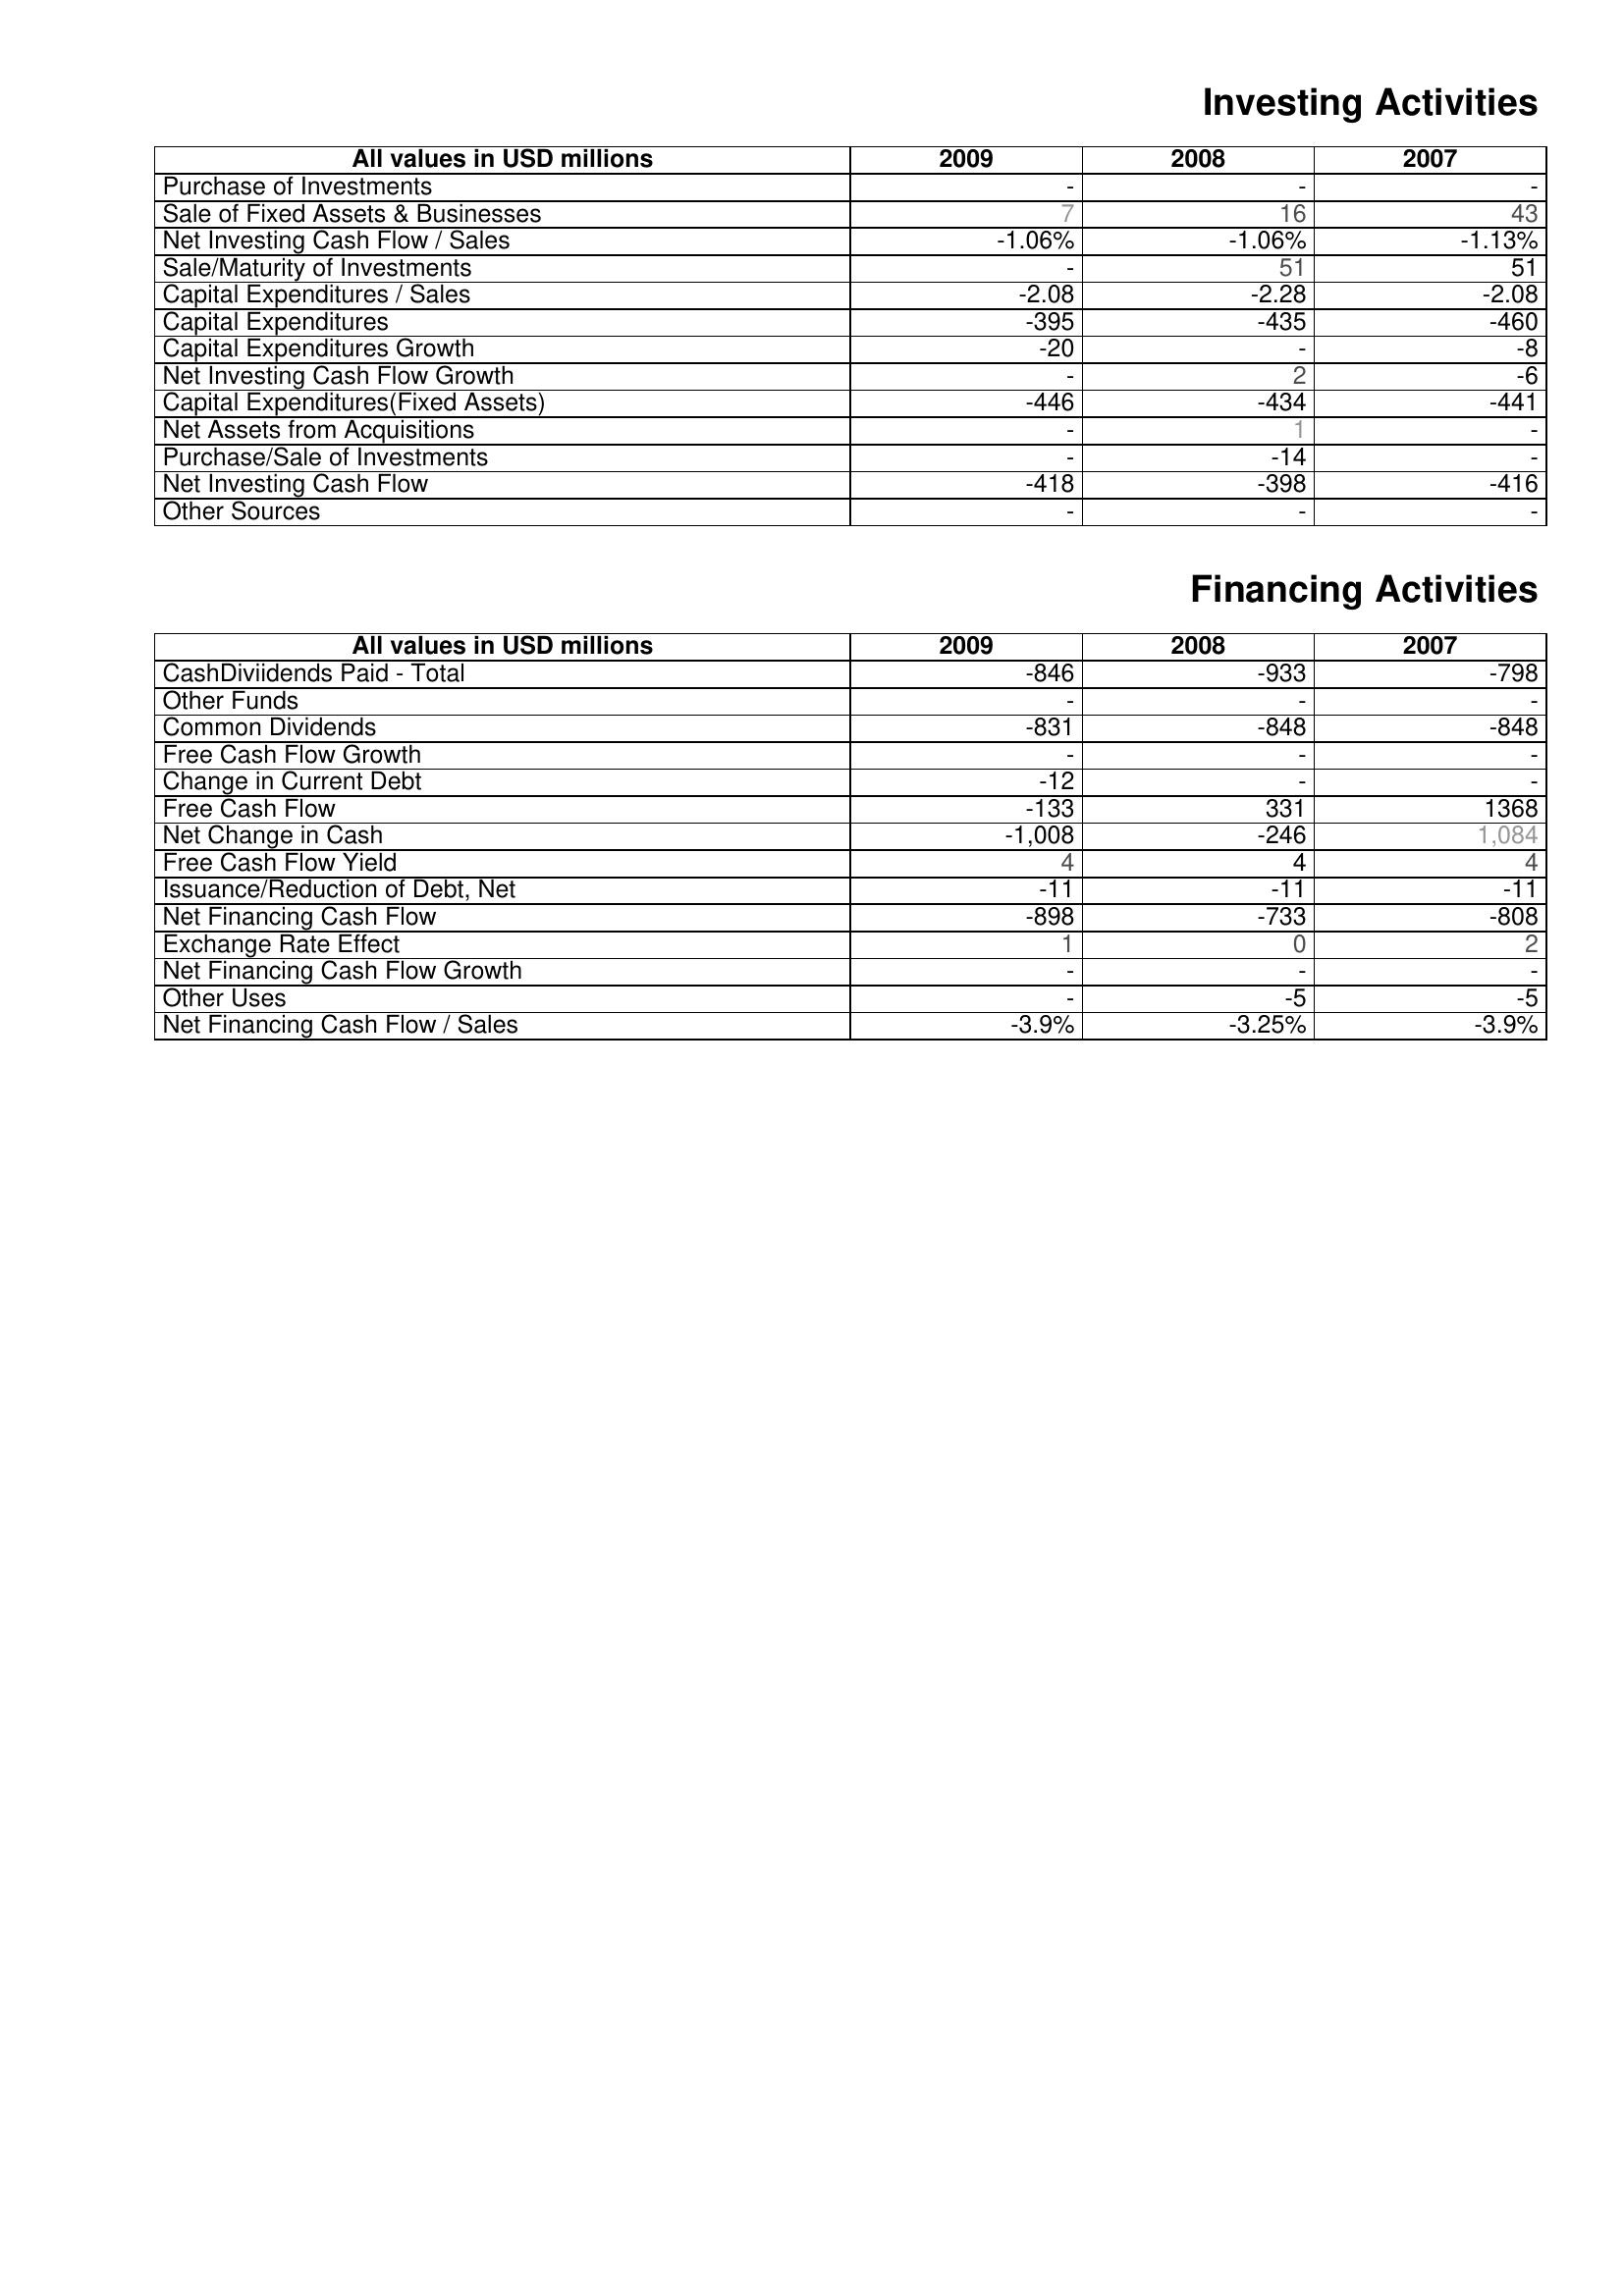
2009: Investing Activities: Purchase of Investments: -
Sale of Fixed Assets & Businesses: 7
Net Investing Cash Flow / Sales: -1.06%
Sale/Maturity of Investments: -
Capital Expenditures / Sales: -2.08
Capital Expenditures: -395
Capital Expenditures Growth: -20
Net Investing Cash Flow Growth: -
Capital Expenditures(Fixed Assets): -446
Net Assets from Acquisitions: -
Purchase/Sale of Investments: -
Net Investing Cash Flow: -418
Other Sources: -
Financing Activities: CashDiviidends Paid - Total: -846
Other Funds: -
Common Dividends: -831
Free Cash Flow Growth: -
Change in Current Debt: -12
Free Cash Flow: -133
Net Change in Cash: -1,008
Free Cash Flow Yield: 4
Issuance/Reduction of Debt, Net: -11
Net Financing Cash Flow: -898
Exchange Rate Effect: 1
Net Financing Cash Flow Growth: -
Other Uses: -
Net Financing Cash Flow / Sales: -3.9%
2008: Investing Activities: Purchase of Investments: -
Sale of Fixed Assets & Businesses: 16
Net Investing Cash Flow / Sales: -1.06%
Sale/Maturity of Investments: 51
Capital Expenditures / Sales: -2.28
Capital Expenditures: -435
Capital Expenditures Growth: -
Net Investing Cash Flow Growth: 2
Capital Expenditures(Fixed Assets): -434
Net Assets from Acquisitions: 1
Purchase/Sale of Investments: -14
Net Investing Cash Flow: -398
Other Sources: -
Financing Activities: CashDiviidends Paid - Total: -933
Other Funds: -
Common Dividends: -848
Free Cash Flow Growth: -
Change in Current Debt: -
Free Cash Flow: 331
Net Change in Cash: -246
Free Cash Flow Yield: 4
Issuance/Reduction of Debt, Net: -11
Net Financing Cash Flow: -733
Exchange Rate Effect: 0
Net Financing Cash Flow Growth: -
Other Uses: -5
Net Financing Cash Flow / Sales: -3.25%
2007: Investing Activities: Purchase of Investments: -
Sale of Fixed Assets & Businesses: 43
Net Investing Cash Flow / Sales: -1.13%
Sale/Maturity of Investments: 51
Capital Expenditures / Sales: -2.08
Capital Expenditures: -460
Capital Expenditures Growth: -8
Net Investing Cash Flow Growth: -6
Capital Expenditures(Fixed Assets): -441
Net Assets from Acquisitions: -
Purchase/Sale of Investments: -
Net Investing Cash Flow: -416
Other Sources: -
Financing Activities: CashDiviidends Paid - Total: -798
Other Funds: -
Common Dividends: -848
Free Cash Flow Growth: -
Change in Current Debt: -
Free Cash Flow: 1368
Net Change in Cash: 1,084
Free Cash Flow Yield: 4
Issuance/Reduction of Debt, Net: -11
Net Financing Cash Flow: -808
Exchange Rate Effect: 2
Net Financing Cash Flow Growth: -
Other Uses: -5
Net Financing Cash Flow / Sales: -3.9%